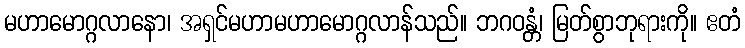
မဟာမောဂ္ဂလာနော၊ အရှင်မဟာမဟာမောဂ္ဂလာန်သည်။ ဘဂဝန္တံ၊ မြတ်စွာဘုရားကို။ ဧတံ